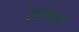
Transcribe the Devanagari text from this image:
सरथुआं